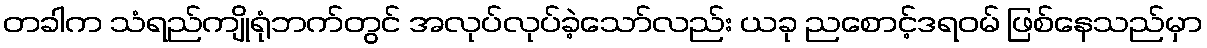
တခါက သံရည်ကျိုရုံဘက်တွင် အလုပ်လုပ်ခဲ့သော်လည်း ယခု ညစောင့်ဒရဝမ် ဖြစ်နေသည်မှာ